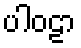
ပါဝဠာ